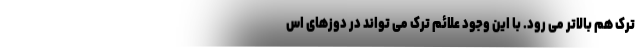
ترک هم بالاتر می رود. با این وجود علائم ترک می تواند در دوزهای اس